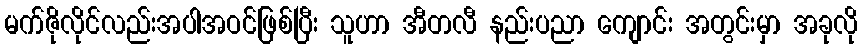
မက်ဇိုလိုင်လည်းအပါအဝင်ဖြစ်ပြီး သူဟာ အီတလီ နည်းပညာ ကျောင်း အတွင်းမှာ အခုလို